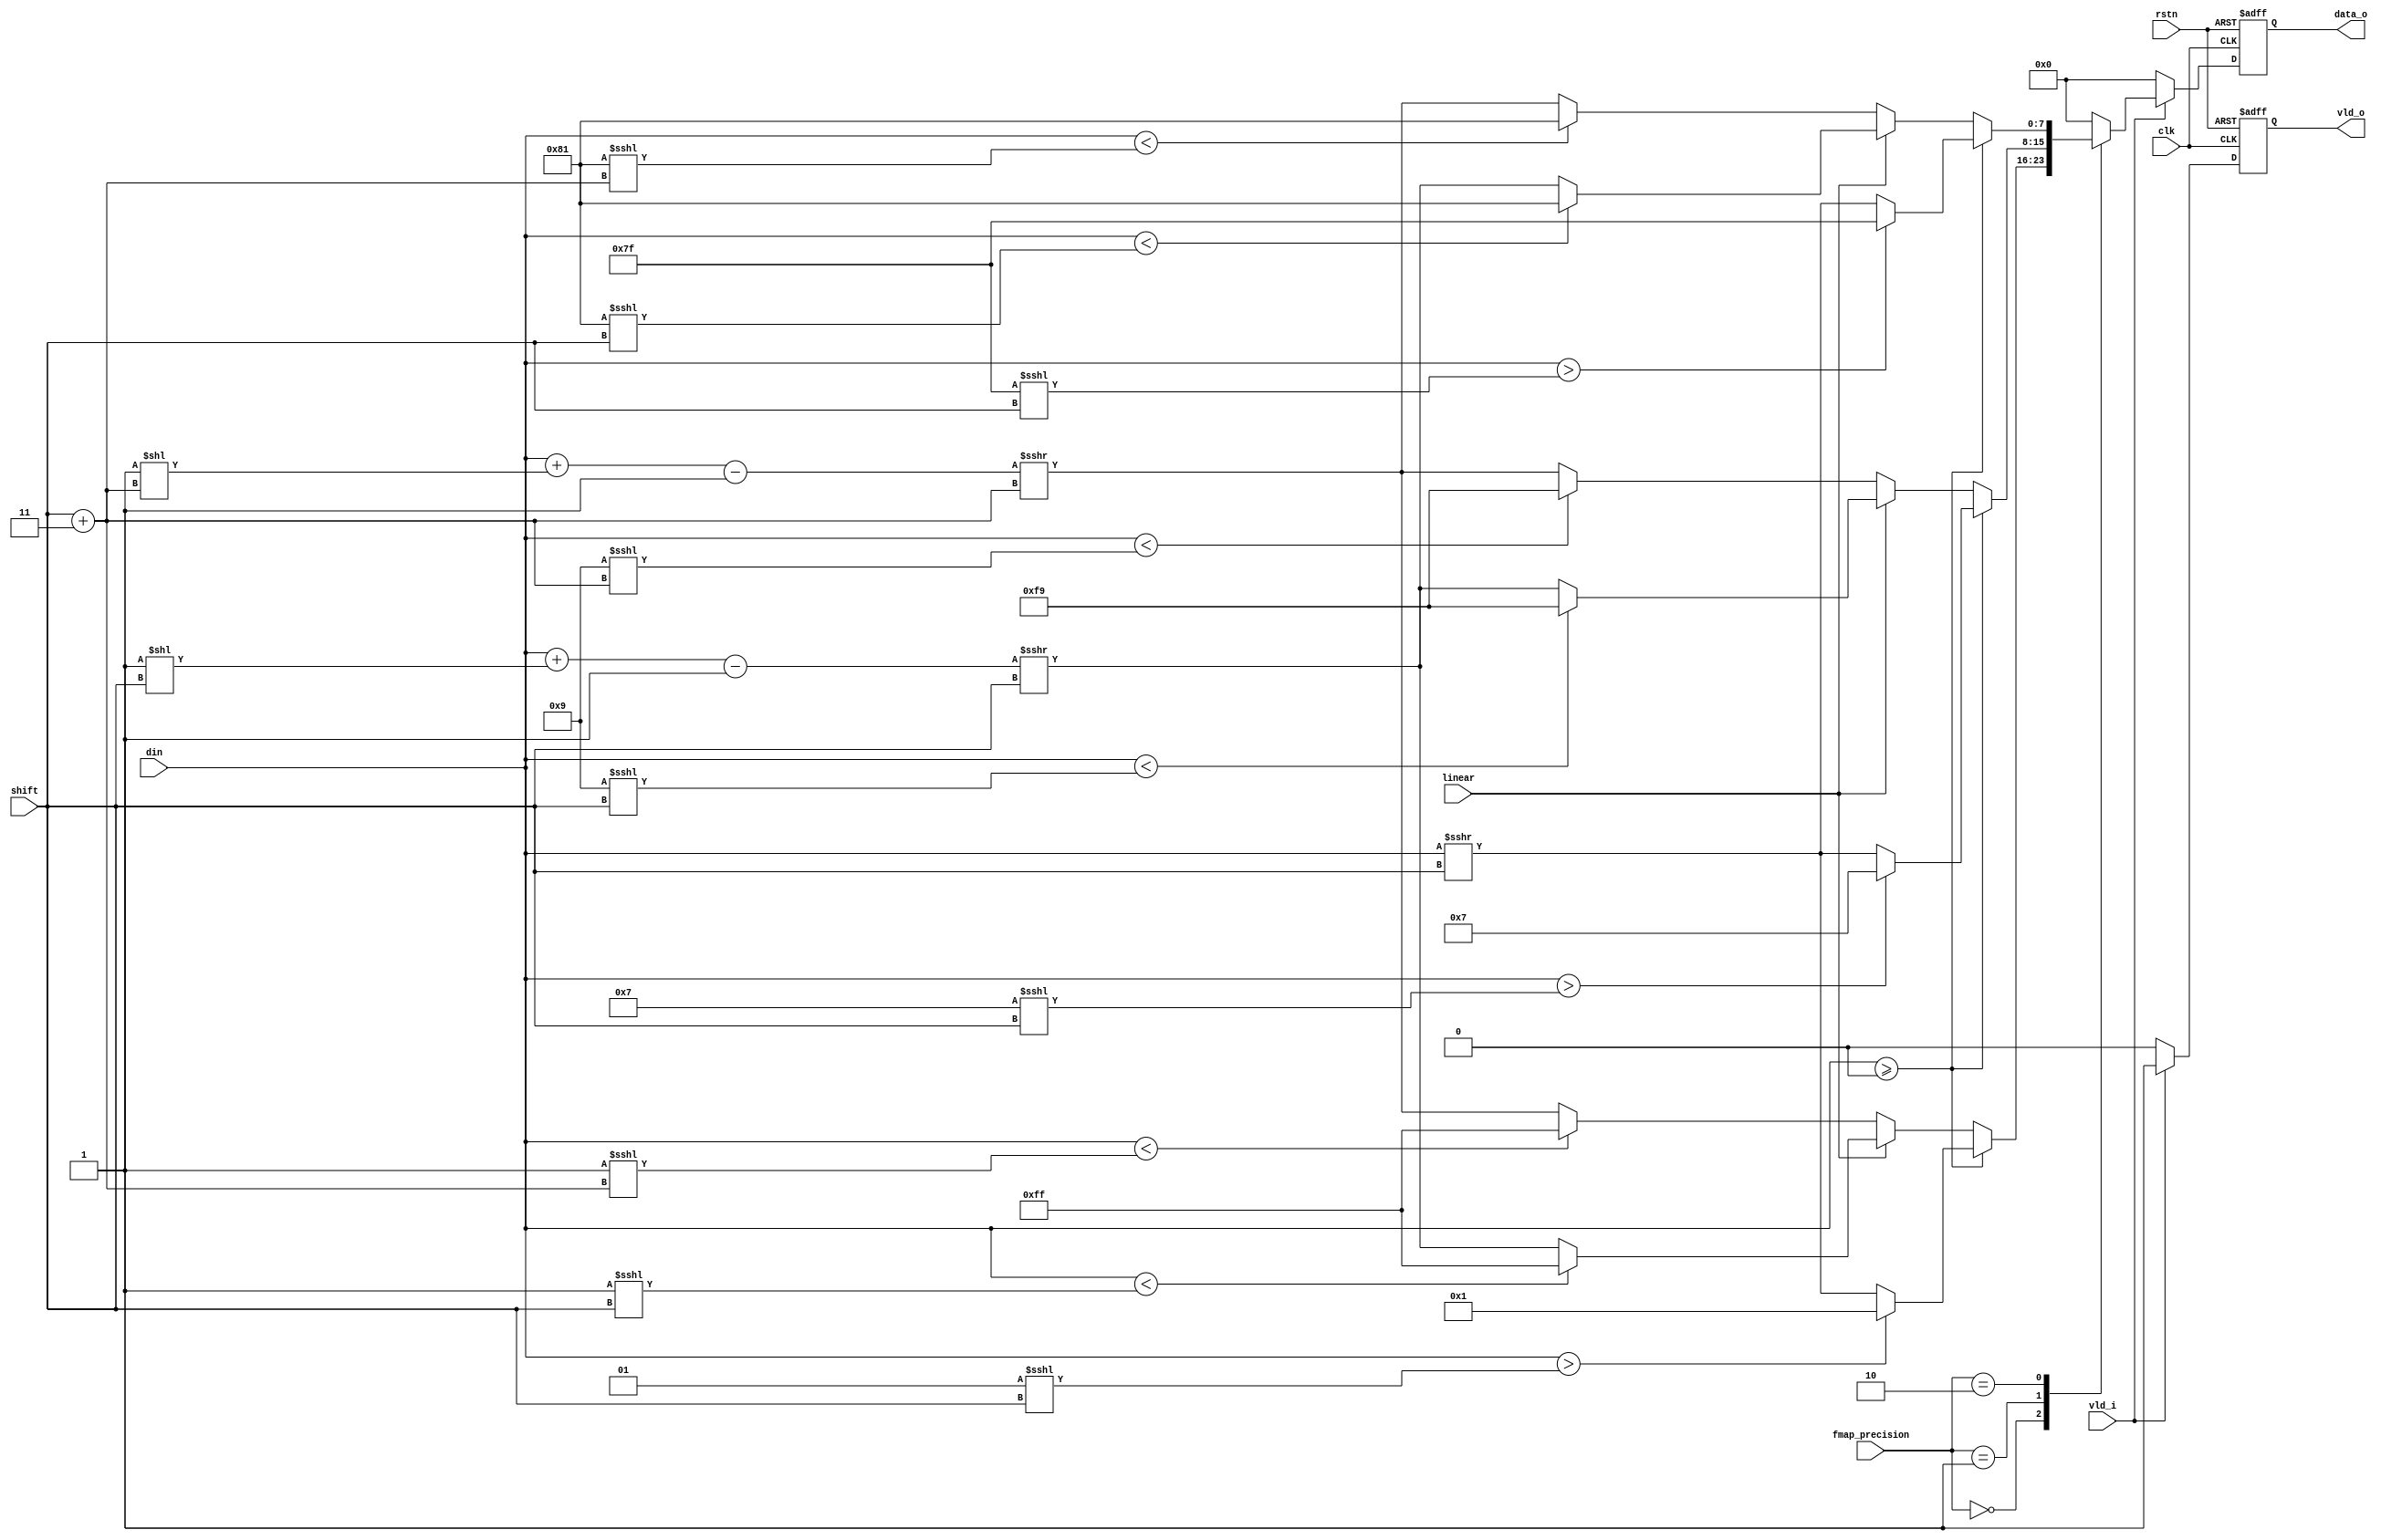
module act_quant_vp #(
    parameter DATA_WIDTH = 29
)
(
input clk,
input rstn,
input [DATA_WIDTH-1:0] din,
input [1:0] fmap_precision, // 0: 2-bit, 1: 4-bit, 2: 8-bit
input [3:0] shift,
input vld_i,
input linear,
output reg [7:0] data_o,
output reg vld_o
);

integer MAX_VAL_8 = 127;
integer MIN_VAL_8 = -127;
integer MAX_VAL_4 = 7;
integer MIN_VAL_4 = -7;
integer MAX_VAL_2 = 1;
integer MIN_VAL_2 = -1;

always@(posedge clk, negedge rstn) begin
    if(!rstn) begin
        data_o <= 8'b0000_0000;
        vld_o <= 1'b0;
    end
    else begin
        vld_o <= 1'b0;
        data_o <= 8'b0000_0000;
        if (vld_i) begin
            vld_o <= 1'b1;
            case (fmap_precision)
                0: begin // 2-bit
                    if ($signed(din) >= 0) begin
                        if ($signed(din) > (MAX_VAL_2 <<< shift)) begin
                            data_o <= MAX_VAL_2;
                        end
                        else data_o <= (din >>> shift);
                    end
                    else begin
                        if (linear) begin
                            if ($signed(din) < (MIN_VAL_2 <<< shift)) begin
                                data_o <= MIN_VAL_2;
                            end
                            else data_o <= ((din + (1 << (shift)) - 1) >>> (shift));
                        end
                        else begin
                            if ($signed(din) < (MIN_VAL_2 <<< (shift+3))) begin
                                data_o <= MIN_VAL_2;
                            end
                            else data_o <= ((din + (1 << (shift+3)) - 1) >>> (shift+3));
                        end
                    end
                end
                1: begin // 4-bit
                    if ($signed(din) >= 0) begin
                        if ($signed(din) > (MAX_VAL_4 <<< shift)) begin
                            data_o <= MAX_VAL_4;
                        end
                        else data_o <= (din >>> shift);
                    end
                    else begin
                        if (linear) begin
                            if ($signed(din) < (MIN_VAL_4 <<< shift)) begin
                                data_o <= MIN_VAL_4;
                            end
                            else data_o <= ((din + (1 << (shift)) - 1) >>> (shift));
                        end
                        else begin
                            if ($signed(din) < (MIN_VAL_4 <<< (shift+3))) begin
                                data_o <= MIN_VAL_4;
                            end
                            else data_o <= ((din + (1 << (shift+3)) - 1) >>> (shift+3));
                        end
                    end
                end
                2: begin // 8-bit
                    if ($signed(din) >= 0) begin
                        if ($signed(din) > (MAX_VAL_8 <<< shift)) begin
                            data_o <= MAX_VAL_8;
                        end
                        else data_o <= (din >>> shift);
                    end
                    else begin
                        if (linear) begin
                            if ($signed(din) < (MIN_VAL_8 <<< shift)) begin
                                data_o <= MIN_VAL_8;
                            end
                            else data_o <= ((din + (1 << (shift)) - 1) >>> (shift));
                        end
                        else begin
                            if ($signed(din) < (MIN_VAL_8 <<< (shift+3))) begin
                                data_o <= MIN_VAL_8;
                            end
                            else data_o <= ((din + (1 << (shift+3)) - 1) >>> (shift+3));
                        end
                    end
                end
            endcase
        end
    end
end
endmodule